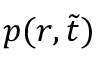
p ( r , \tilde { t } )